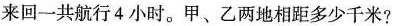
来回一共航行 4 小时。甲、乙两地相距多少千米?